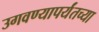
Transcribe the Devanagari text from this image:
उगवण्यापर्यंतच्या